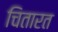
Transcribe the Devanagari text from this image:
चितारत